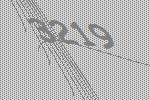
3219